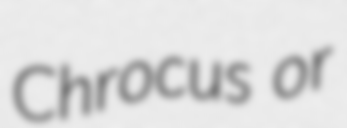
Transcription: Chrocus or